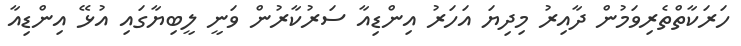
ހަރަކާތްތެރިވަމުން ދާއިރު މިދިޔަ އަހަރު އިންޑިއާ ސަރުކާރުން ވަނީ ލީބިޔާގައި އުޅޭ އިންޑިއާ